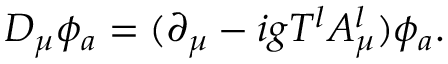
D _ { \mu } \phi _ { a } = ( \partial _ { \mu } - i g T ^ { l } A _ { \mu } ^ { l } ) \phi _ { a } .